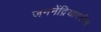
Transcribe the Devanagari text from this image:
जननेंद्रियावरील